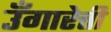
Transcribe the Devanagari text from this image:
उँगारेत्ती